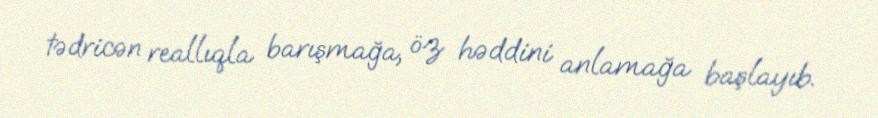
tədricən reallıqla barışmağa, öz həddini anlamağa başlayıb.